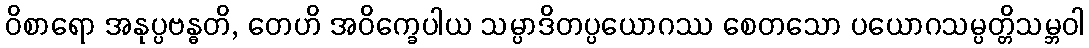
ဝိစာရော အနုပ္ပဗန္ဓတိ, တေဟိ အဝိက္ခေပါယ သမ္ပာဒိတပ္ပယောဂဿ စေတသော ပယောဂသမ္ပတ္တိသမ္ဘဝါ